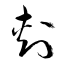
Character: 刺